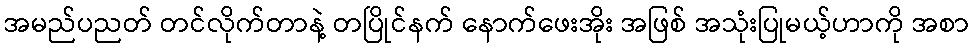
အမည်ပညတ် တင်လိုက်တာနဲ့ တပြိုင်နက် နောက်ဖေးအိုး အဖြစ် အသုံးပြုမယ့်ဟာကို အစာ